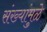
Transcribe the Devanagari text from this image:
संख्यांमुळे